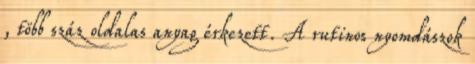
, több száz oldalas anyag érkezett. A rutinos nyomdászok